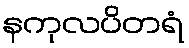
နကုလပိတရံ